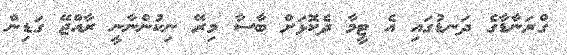
ގްރަނާޑާގެ ދަނޑުގައި އެ ޓީމާ ދެކޮޅަށް ބާސާ މިރޭ ނިކުންނާނީ ރާއްޖޭ ގަޑިން